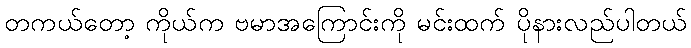
တကယ်တော့ ကိုယ်က ဗမာအကြောင်းကို မင်းထက် ပိုနားလည်ပါတယ်